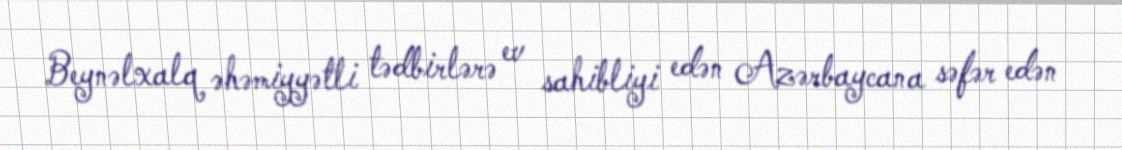
Beynəlxalq əhəmiyyətli tədbirlərə ev sahibliyi edən Azərbaycana səfər edən